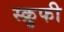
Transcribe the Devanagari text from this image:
स्क्रुफी